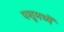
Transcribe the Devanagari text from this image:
पशूमध्यें